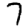
Digit: 7